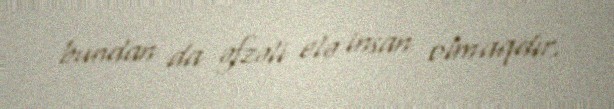
bundan da əfzəli elə insan olmaqdır.